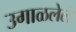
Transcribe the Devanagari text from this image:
उगाळलेले